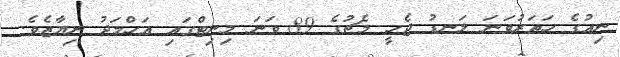
ނިއުގެ ހަތަރުވަނަ ލަނޑު ޖެހީ މެޗުގެ 89 ވަނަ މިނިޓްގައި އަހްމަދު ނިޔާޒެވެ.